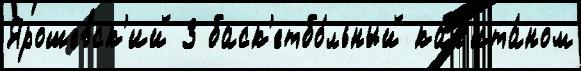
Ярошевск'ий 3 баск'етбо́льный кап'ита́ном